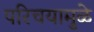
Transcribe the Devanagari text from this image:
परिचयामुळे